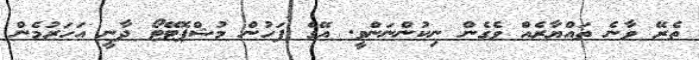
ތެރޭ ވާނެ ތައްޔާރެއް ވެގެން ނިކުންނަންވީ. އޭގެ ފަހުން މުޝްޕޮޓޭޓޯ ދާނީ އަހަރުމެން